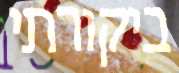
ביקורתי